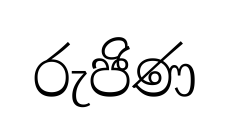
රුජිණ